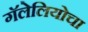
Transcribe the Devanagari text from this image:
गॅलेलियोचा